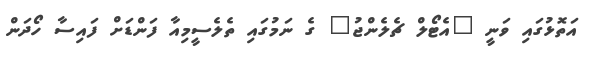
އަތޮޅުގައި ވަނީ "އެޓޯލް ޗެލެންޖު" ގެ ނަމުގައި ތެލެސީމިއާ ފަންޑަށް ފައިސާ ހޯދަން